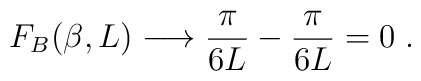
F_{B}(\beta,L)\longrightarrow \frac{\pi}{6L}-\frac{\pi}{6L}=0\;.